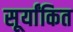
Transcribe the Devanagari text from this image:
सूर्यांकित